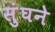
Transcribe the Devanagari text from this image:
सुंघने